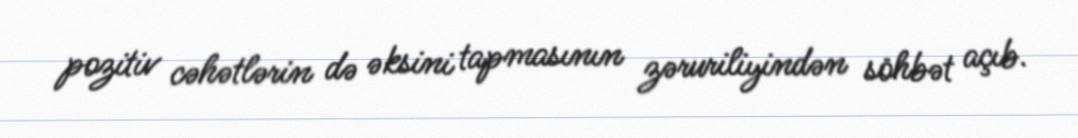
pozitiv cəhətlərin də əksini tapmasının zəruriliyindən söhbət açıb.